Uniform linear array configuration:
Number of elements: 8
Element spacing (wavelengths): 0.75
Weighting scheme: uniform
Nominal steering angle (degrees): -15
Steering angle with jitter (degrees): -15.511
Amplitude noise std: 0.05
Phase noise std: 0.05

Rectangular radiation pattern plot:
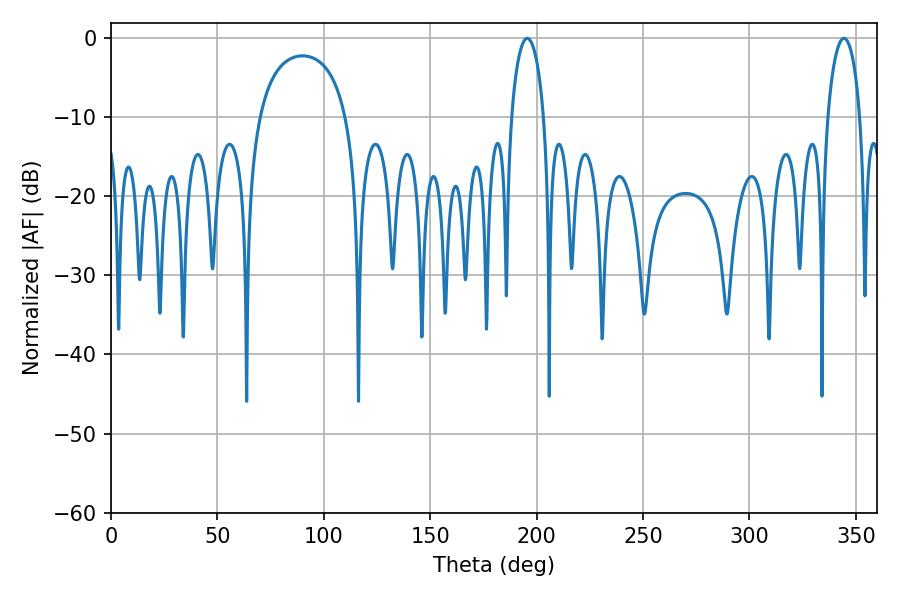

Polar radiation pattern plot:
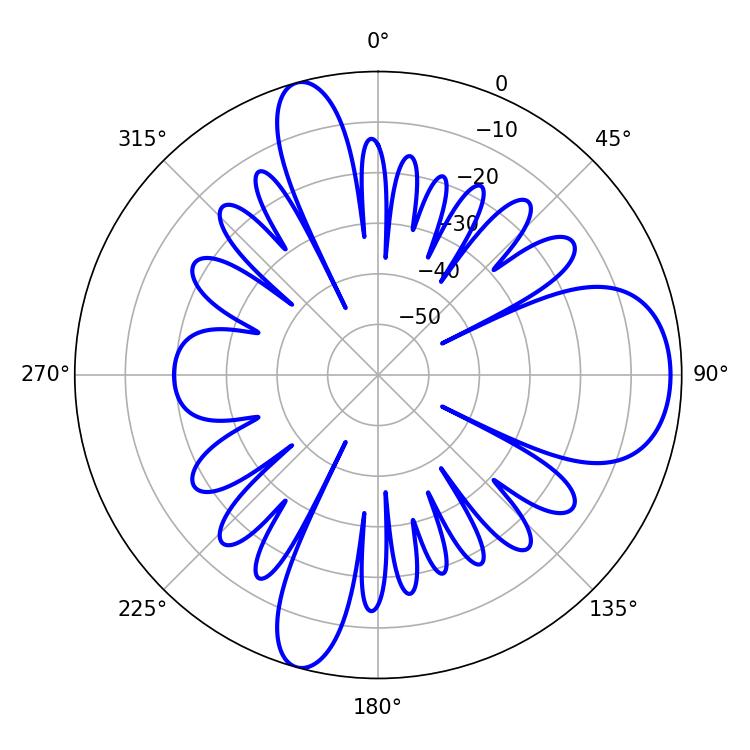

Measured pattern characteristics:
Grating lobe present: TRUE
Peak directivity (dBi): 9.923
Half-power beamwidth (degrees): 8.64
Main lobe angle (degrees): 195.66